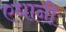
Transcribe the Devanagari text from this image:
एधानी